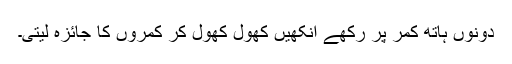
دونوں ہاتھ کمر پر رکھے آنکھیں کھول کھول کر کمروں کا جائزہ لیتی۔